Report of the Indian Hemp Drugs Commission, 1894-1895 - Volume III
Year: 1894
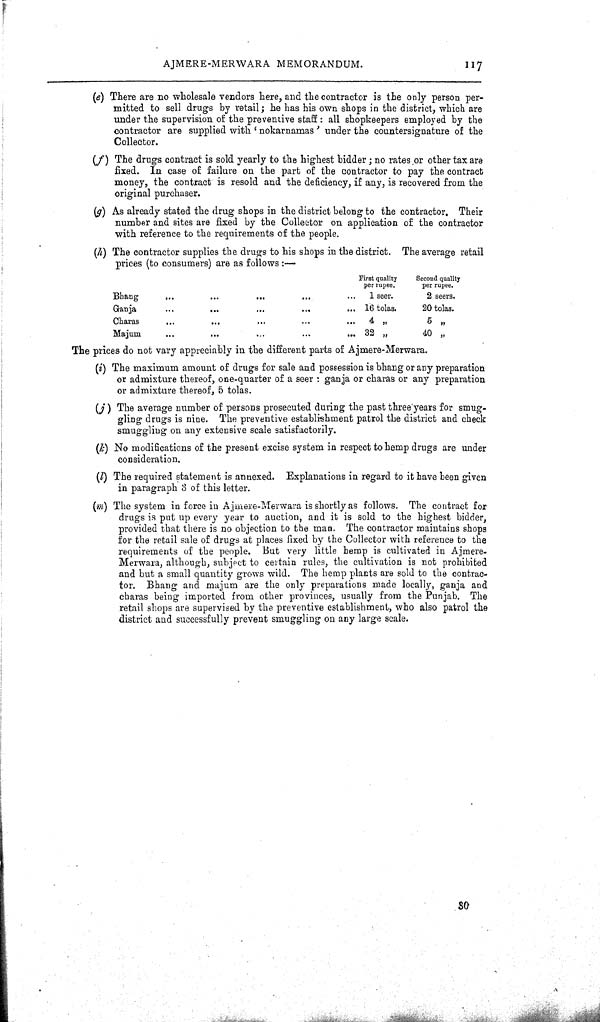
AJMERE-MERWARA MEMORANDUM.
117
(e) There are no wholesale vendors here, and the contractor is the only person per-
mitted to sell drugs by retail; he has his own shops in the district, which are
under the supervision of the preventive staff: all shopkeepers employed by the
contractor are supplied with 'nokarnamas' under the countersignature of the
Collector.
(f) The drugs contract is sold yearly to the highest bidder; no rates or other tax are
fixed. In case of failure on the part of the contractor to pay the contract
money, the contract is resold and the deficiency, if any, is recovered from the
original purchaser.
(g) As already stated the drug shops in the district belong to the contractor. Their
number and sites are fixed by the Collector on application of the contractor
with reference to the requirements of the people.
(h) The contractor supplies the drugs to his shops in the district. The average retail
prices (to consumers) are as follows:—
First quality
per rupee.
Second quality
per rupee.
Bhang
1 seer.
2 seers.
Ganja
16 tolas.
20 tolas.
Charas
4 "
5 "
Majum
32 "
40 "
The prices do not vary appreciably in the different parts of Ajmere-Merwara.
(i) The maximum amount of drugs for sale and possession is bhang or any preparation
or admixture thereof, one-quarter of a seer: ganja or charas or any preparation
or admixture thereof, 5 tolas.
(j) The average number of persons prosecuted during the past three years for smug-
gling drugs is nine. The preventive establishment patrol the district and check
smuggling on any extensive scale satisfactorily.
(k) No modifications of the present excise system in respect to hemp drugs are under
consideration.
(l) The required statement is annexed. Explanations in regard to it have been given
in paragraph 3 of this letter.
(m) The system in force in Ajmere-Merwara is shortly as follows. The contract for
drugs is put up every year to auction, and it is sold to the highest bidder,
provided that there is no objection to the man. The contractor maintains shops
for the retail sale of drugs at places fixed by the Collector with reference to the
requirements of the people. But very little hemp is cultivated in Ajmere-
Merwara, although, subject to certain rules, the cultivation is not prohibited
and but a small quantity grows wild. The hemp plants are sold to the contrac-
tor. Bhang and majum are the only preparations made locally, ganja and
charas being imported from other provinces, usually from the Punjab. The
retail shops are supervised by the preventive establishment, who also patrol the
district and successfully prevent smuggling on any large scale.